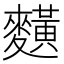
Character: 䵃